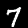
Digit: 7